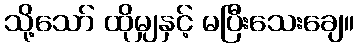
သို့သော် ထိုမျှနှင့် မပြီးသေးချေ။